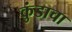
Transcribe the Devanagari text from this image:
कुंडाचा